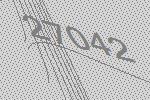
27042